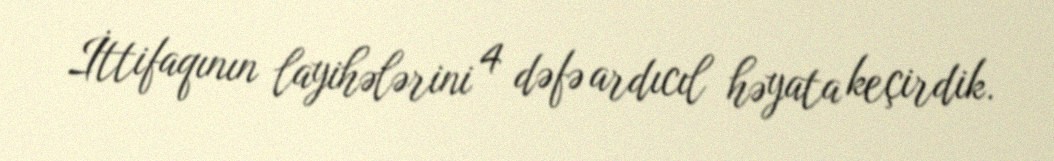
İttifaqının layihələrini 4 dəfə ardıcıl həyata keçirdik.